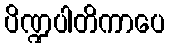
ပိဏ္ဍပါတိကာပေ